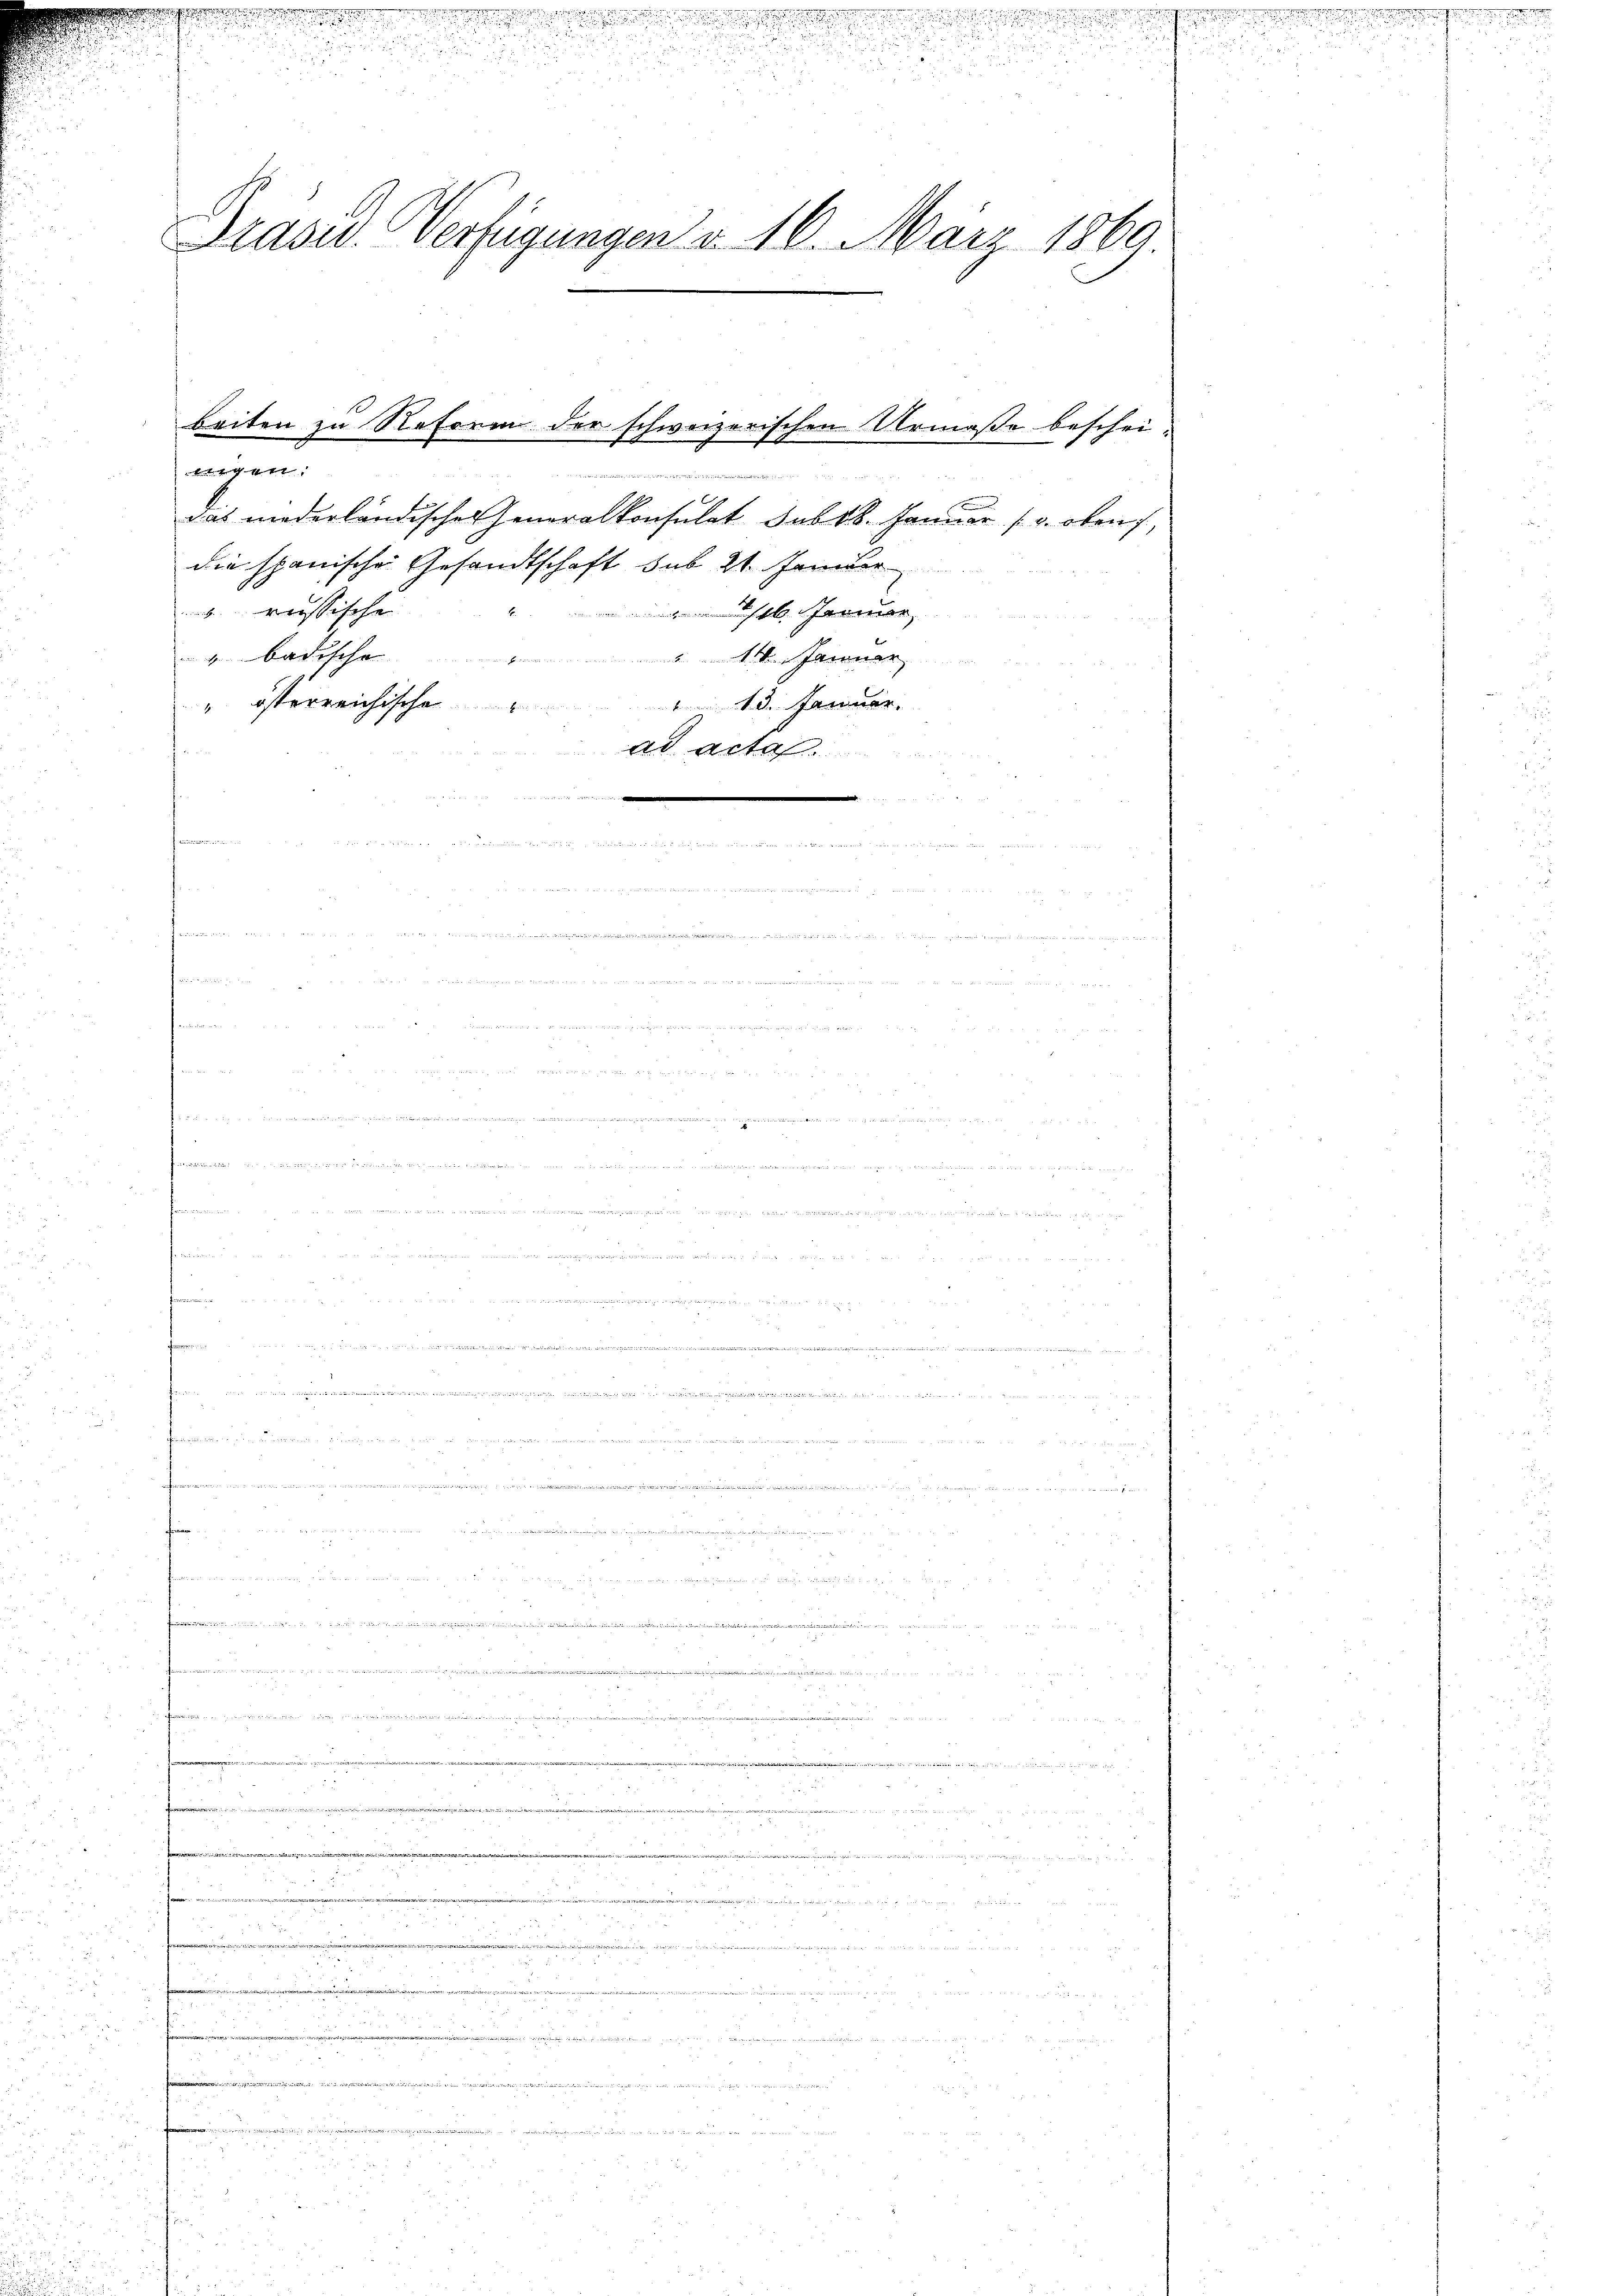
.

g

d

.

Präsid. Verfügungen d. 16. März 1860

beiten zu Reform der schweizerischen Urmaße beschei-

t
das niederländischen Generalkonsulat sub 6. Januar s. oben,
die spanische Gesandtschaft sub 21. Fander
grussischen
hel Jarmon
 badischen
.Januar
" österreichische
18. Jänner,
At acta

d
famen
   Dem gelade in dass ich lende in den angen in ein den in den in den mein

ten

e

e

a
d

u

i

i

250 f 0 x
.
.
eiben aber der der der wiederung der

2

e

d
 2
25
e
eirin vor einer

.
e
12 f 0 x
ion
eede de

de
weder
 ein eine

25
2
Paten entgegen werdentitutenden Christ der Mund oderathes nichte, u. werden der in Kerkerstelle bei darin der den einen un

32
d
diese de

.
e
.
 f 0 x
e
.
§ 5
 x 2

 un
54

 2
5
 der
e
22
.

5
r
1 189

.